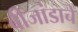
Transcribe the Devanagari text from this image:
बीजांडाचे